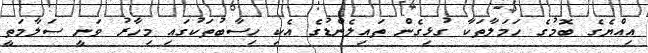
އިއްޔެގެ ބޮމުގެ ހަމަލާތަކާ ގުޅިގެން ތައިލެންޑުގެ އެކި ހިސާބުތަކުގައި މިހާރު ވަނީ ސަލާމަތީ